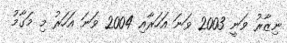
ނިޒާރު ވަނީ 2003 ވަނަ އަހަރާއި 2004 ވަނަ އަހަރު މި މަގާމު